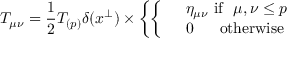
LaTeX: T _ { \mu \nu } = { \frac { 1 } { 2 } } T _ { ( p ) } \delta ( x ^ { \perp } ) \times \left\{ \left\{ \begin{array} { l l } { { } } & { { \eta _ { \mu \nu } \ \mathrm { i f } \ \ \mu , \nu \leq p } } \\ { { } } & { { 0 \ \ \ \ \ \mathrm { o t h e r w i s e } } } \end{array} \right. \right.